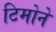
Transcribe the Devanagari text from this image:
टिमोने